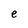
Character: e